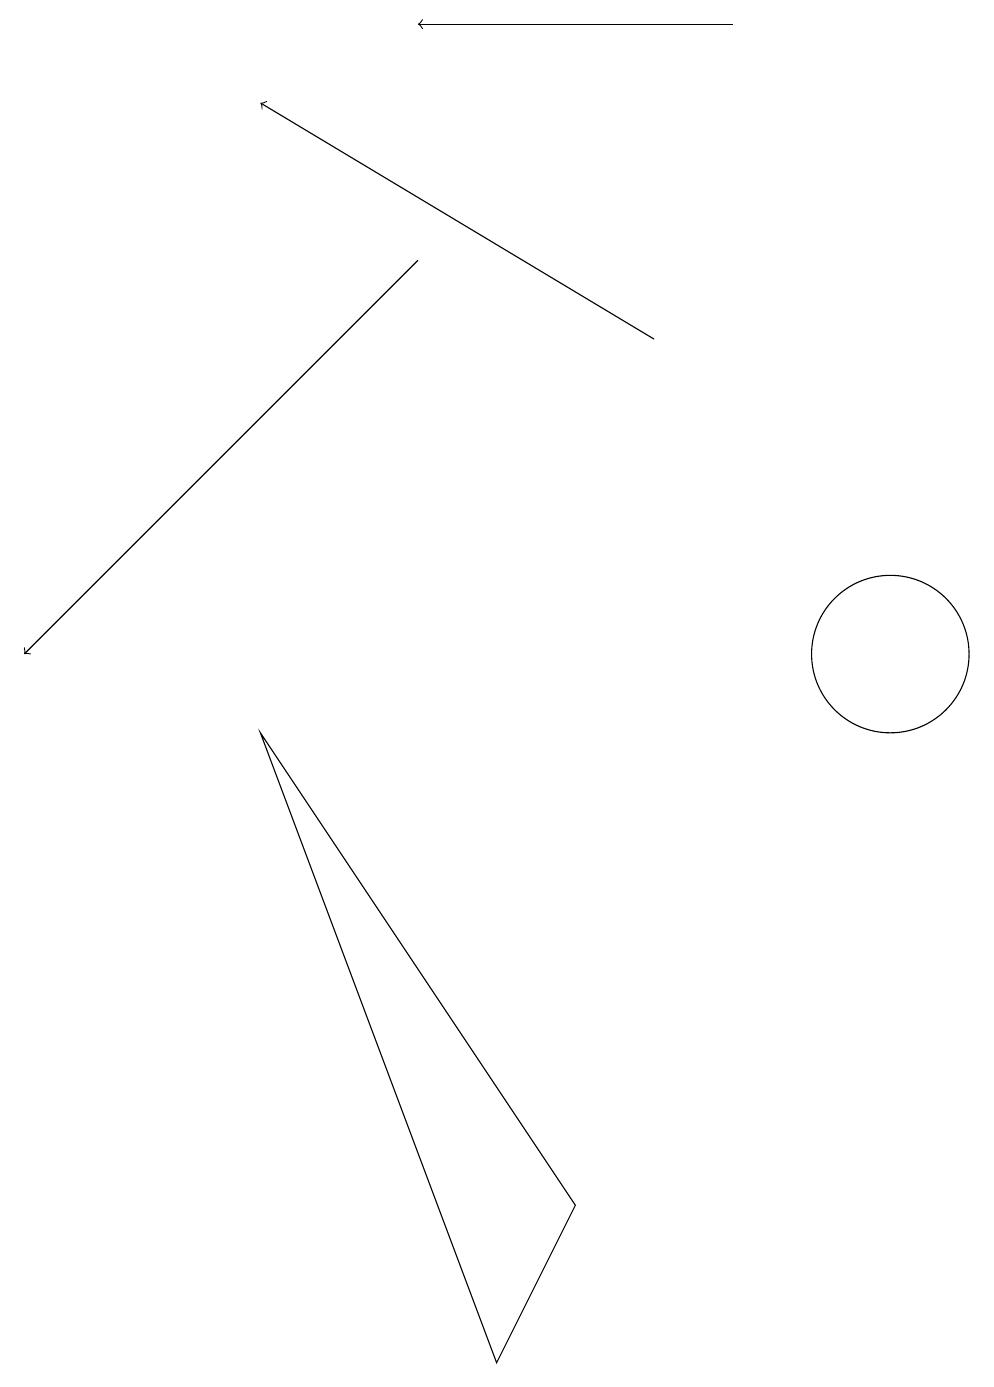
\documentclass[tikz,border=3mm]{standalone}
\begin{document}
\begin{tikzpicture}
\draw (7,3) -- (6,1) -- (3,9) -- cycle;
\draw[->] (9,18) -- (5,18);
\draw (11,10) circle (1);
\draw[->] (8,14) -- (3,17);
\draw[->] (5,15) -- (0,10);
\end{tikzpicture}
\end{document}